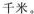
千米。